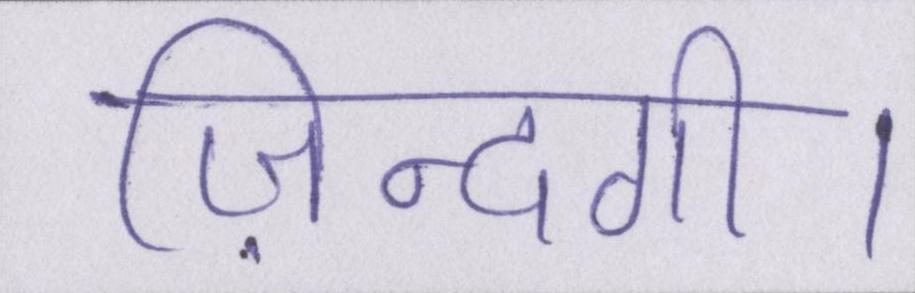
ज़िन्दगी।